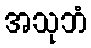
အသုဘံ